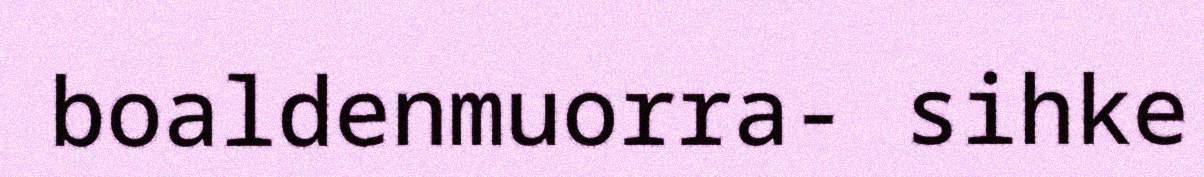
boaldenmuorra- sihke